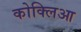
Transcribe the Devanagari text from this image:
कोक्लिआ